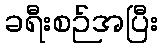
ခရီးစဉ်အပြီး